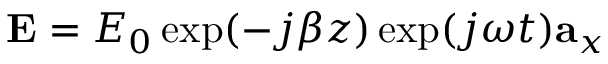
\mathbf { E } = E _ { 0 } \exp ( - j \beta z ) \exp ( j \omega t ) \mathbf { a } _ { x }